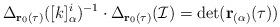
LaTeX: \begin{align*} \Delta_{\mathbf{r}_{0}(\tau)}([k]_{\alpha}^{i})^{-1}\cdot\Delta_{\mathbf{r}_{0}(\tau)}(\mathcal{I})=\det(\mathbf{r}_{(\alpha)}(\tau))\end{align*}